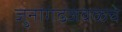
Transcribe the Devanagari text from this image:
जुनागढजवळचे